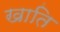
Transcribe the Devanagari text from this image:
खाति